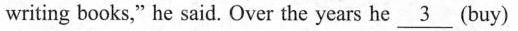
writing books," he said. Over the years he\underline{3}(buy)